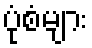
ပုံစံများ